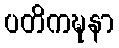
ပတိကဍ္ဎနာ